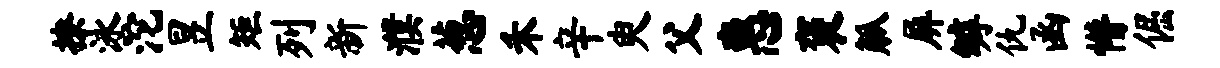
撩泳沱昱矩列新濮葱禾辛臾父惠褒觚屏罅仇函懵倔